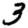
Digit: 3